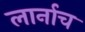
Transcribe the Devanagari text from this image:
लार्नाच